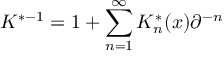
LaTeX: K ^ { * - 1 } = 1 + \sum _ { n = 1 } ^ { \infty } K _ { n } ^ { * } ( x ) \partial ^ { - n }